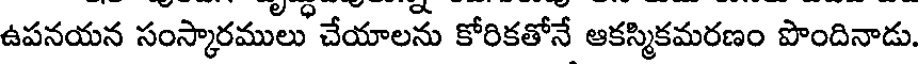
ఉపనయన సంస్కారములు చేయాలను కోరికతోనే ఆకస్మికమరణం పొందినాడు.